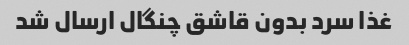
غذا سرد بدون قاشق چنگال ارسال شد